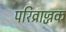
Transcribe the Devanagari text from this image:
परिव्राज्जक